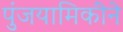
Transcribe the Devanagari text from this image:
पुंजयामिकीने